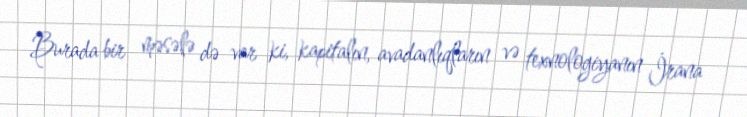
Burada bir məsələ də var ki, kapitalın, avadanlıqların və texnologiyanın İrana